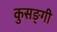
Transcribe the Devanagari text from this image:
कुसङ्गी